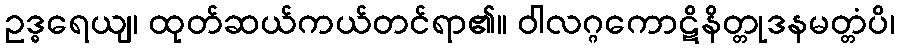
ဥဒ္ဓရေယျ၊ ထုတ်ဆယ်ကယ်တင်ရာ၏။ ဝါလဂ္ဂကောဋိနိတ္တုဒနမတ္တံပိ၊